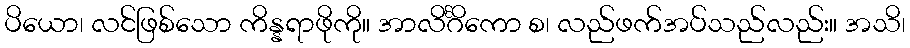
ပိယော၊ လင်ဖြစ်သော ကိန္နရာဖိုကို။ အာလိင်္ဂိကော စ၊ လည်ဖက်အပ်သည်လည်း။ အသိ၊